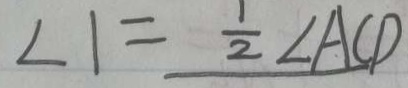
\angle 1 = \frac { 1 } { 2 } \angle A C D